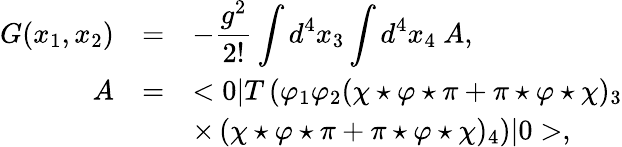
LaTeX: \begin{array}{rcl}{{G(x_{1},x_{2})}}&{{=}}&{{\displaystyle-\frac{g^{2}}{2!}\int d^{4}x_{3}\int d^{4}x_{4}~A,}}\\ {{A}}&{{=}}&{{\displaystyle<0|T\left(\varphi_{1}\varphi_{2}(\chi\star\varphi\star\pi+\pi\star\varphi\star\chi)_{3}\right.}}\\ {{}}&{{}}&{{\displaystyle\times\left.(\chi\star\varphi\star\pi+\pi\star\varphi\star\chi)_{4}\right)|0>,}}\end{array}